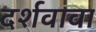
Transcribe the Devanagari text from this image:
दर्शवावा